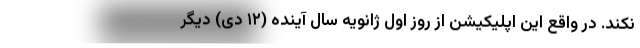
نکند. در واقع این اپلیکیشن از روز اول ژانویه سال آینده (۱۲ دی) دیگر